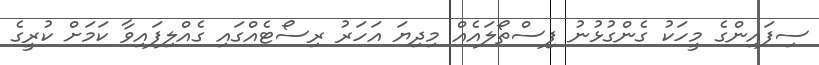
ސިފައިންގެ މީހަކު ގެންގުޅުނު ފިސްތޯލައެއް މިދިޔަ އަހަރު ރިސޯޓެއްގައި ގެއްލިފައިވާ ކަމަށް ކުރީގެ